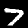
Digit: 7